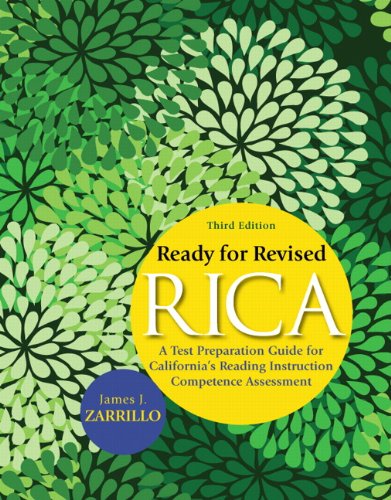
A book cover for Ready for Revised RICA: A Test Preparation Guide for California's Reading Instruction Competence Assessment (3rd Edition); James J. Zarrillo; Education & Teaching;